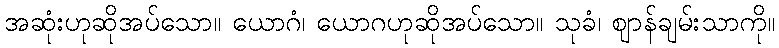
အဆုံးဟုဆိုအပ်သော။ ယောဂံ၊ ယောဂဟုဆိုအပ်သော။ သုခံ၊ ဈာန်ချမ်းသာကို။